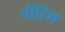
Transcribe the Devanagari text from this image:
पीरिश